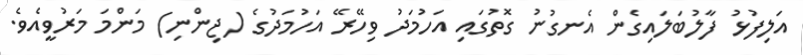
އަލިފުޅު ފާލުބަލައިގެން އެނގުނު ގޮތުގައި އަހުމަދު ވިހޭރޭ އަހުމަދުގެ (ޖިންނި) މަންމަ މަރުވީއެވެ.